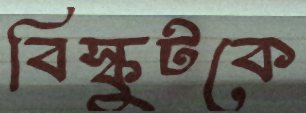
বিস্কুটকে